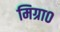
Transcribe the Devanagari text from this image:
मिग्रा०